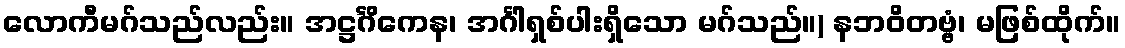
လောကီမဂ်သည်လည်း။ အဋ္ဌင်္ဂိကေန၊ အင်္ဂါရှစ်ပါးရှိသော မဂ်သည်။) နဘဝိတဗ္ဗံ၊ မဖြစ်ထိုက်။